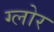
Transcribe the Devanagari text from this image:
ग्लोर